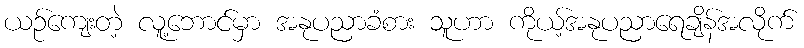
ယဉ်ကျေးတဲ့ လူ့ဘောင်မှာ အနုပညာခံစား သူဟာ ကိုယ့်အနုပညာရေချိန်အလိုက်